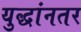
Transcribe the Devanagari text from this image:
युद्धांनतर